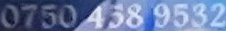
0750 458 9532